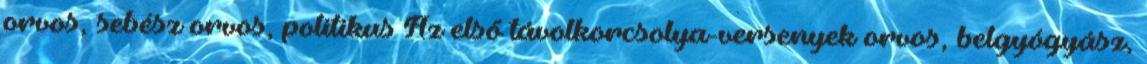
orvos, sebész orvos, politikus Az első távolkorcsolya-versenyek orvos, belgyógyász,